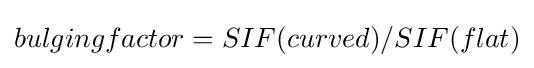
bulgingfactor=SIF(curved)/SIF(flat)